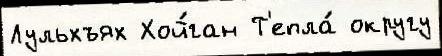
Лульхъях Хой́ган Т'епла́ округу